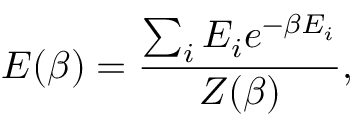
E ( \beta ) = \frac { \sum _ { i } E _ { i } e ^ { - \beta E _ { i } } } { Z ( \beta ) } ,